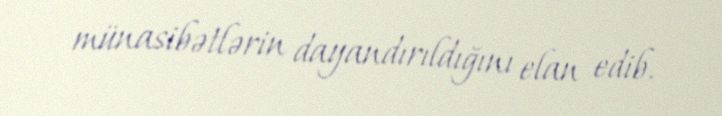
münasibətlərin dayandırıldığını elan edib.